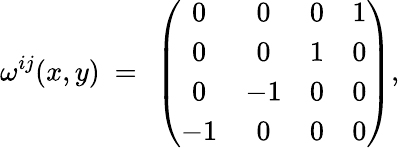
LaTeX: \omega^{ij}(x,y)~=~\left(\begin{array}{cccc}{{0}}&{{0}}&{{0}}&{{1}}\\ {{0}}&{{0}}&{{1}}&{{0}}\\ {{0}}&{{-1}}&{{0}}&{{0}}\\ {{-1}}&{{0}}&{{0}}&{{0}}\end{array}\right),